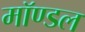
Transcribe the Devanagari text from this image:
मॉण्डल